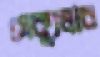
সেক্যুলার